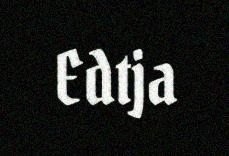
Edtja